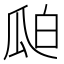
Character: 𮴻